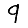
Digit: 9